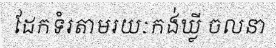
ដែកទំរតាមរយៈកង់ឃ្លី ចលនា